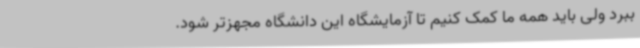
ببرد ولی باید همه ما کمک کنیم تا آزمایشگاه این دانشگاه مجهزتر شود.